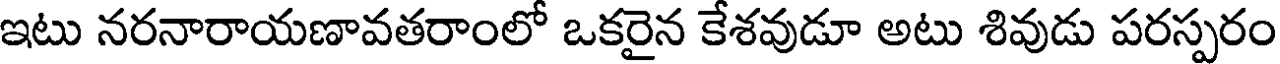
ఇటు నరనారాయణావతరాంలో ఒకరైన కేశవుడూ అటు శివుడు పరస్పరం